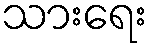
သားရေး